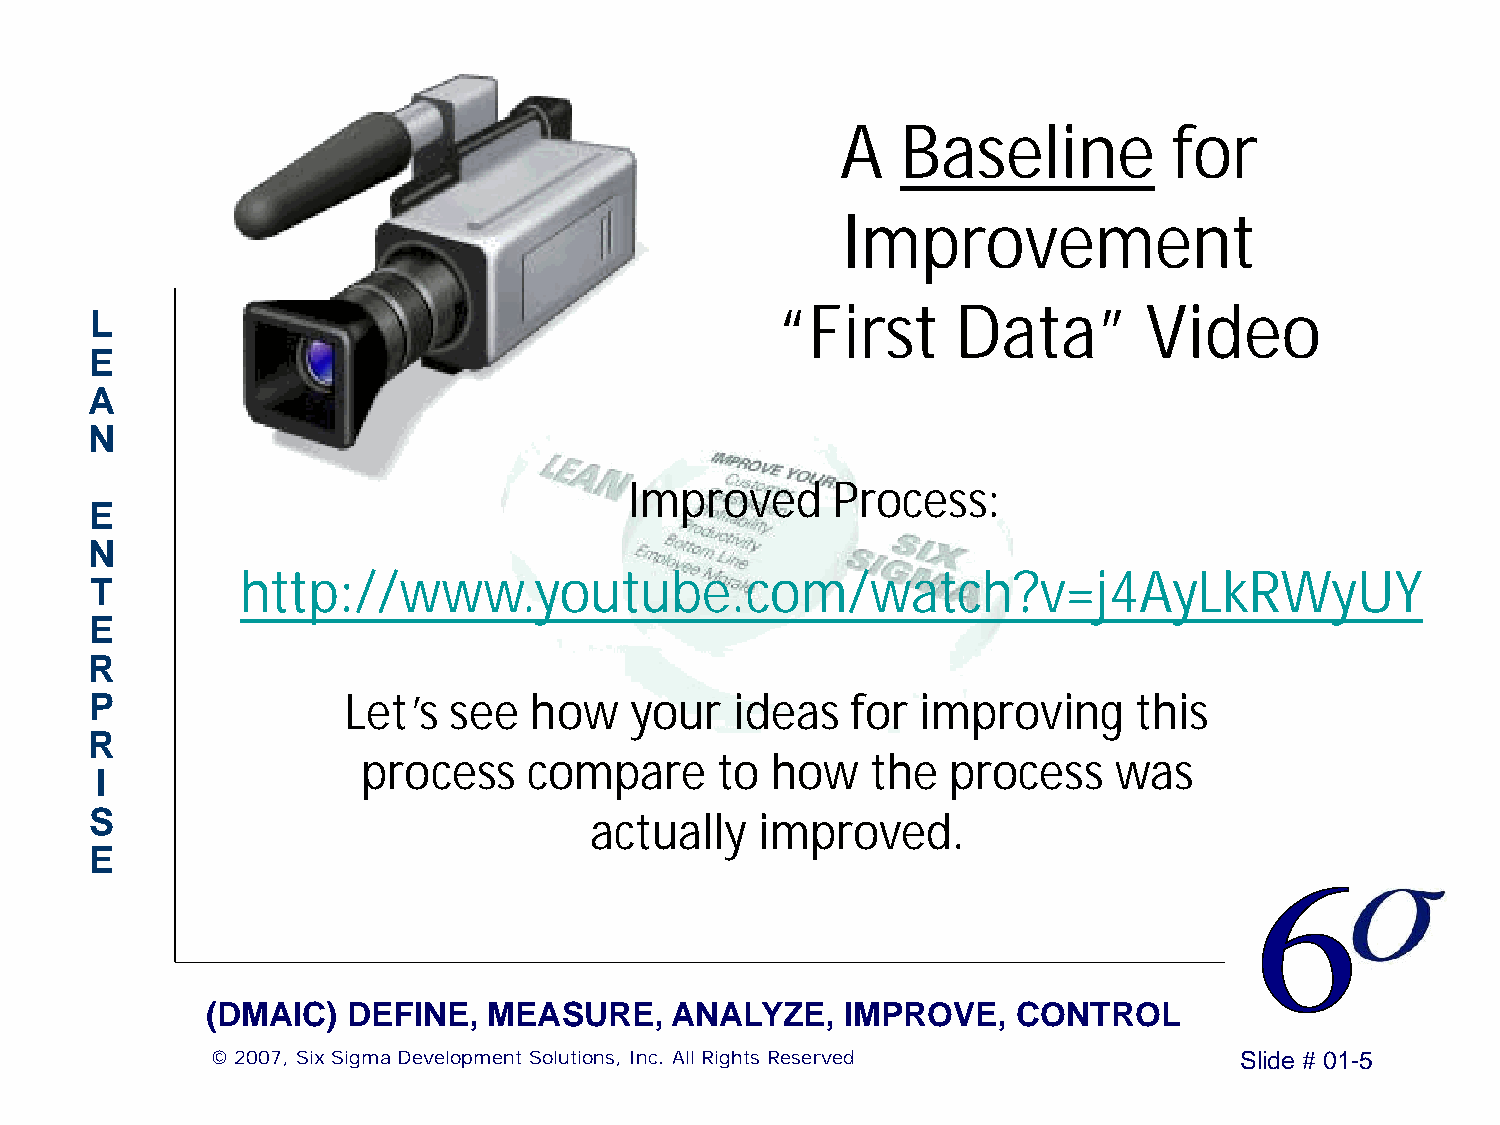
A   Baseline          for
 Improvement
 “First      Data”        Video
 L
 E
 A
 N
 Improved     Process:
 E
 N
 http://www.youtube.com/watch?v=j4AyLkRWyUY
 T
 E
 R
 P                Let’s  see  how    your   ideas  for  improving     this
 R
 process    compare     to  how    the  process    was
 I
 S                                actually   improved.
 E
 (DMAIC)  DEFINE,  MEASURE,    ANALYZE,    IMPROVE,   CONTROL
 © 2007, Six Sigma Development Solutions, Inc. All Rights Reserved   Slide # 01-5